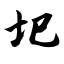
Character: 圯